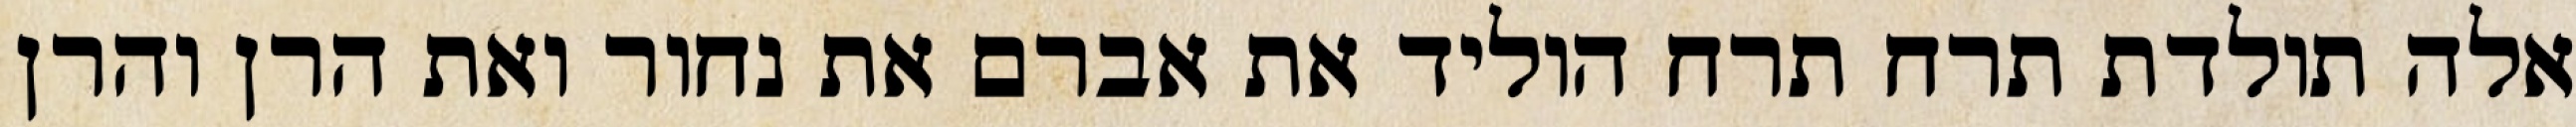
אלה תולדת תרח תרח הוליד את אברם את נחור ואת הרן והרן